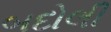
બદોલી